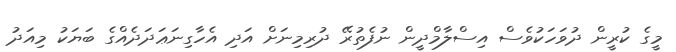
މީގެ ކުރީން ދުވަހަކުވެސް އިސްލާމްދީން ނުފެތުރޭ ދުރިމިނަށް އަދި އެހާގިނަޢަދަދެއްގެ ބަޔަކު މިއަދު